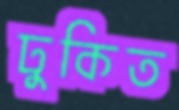
ঢুকিত